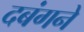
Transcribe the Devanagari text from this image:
दबंगने